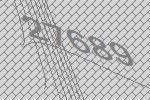
27689